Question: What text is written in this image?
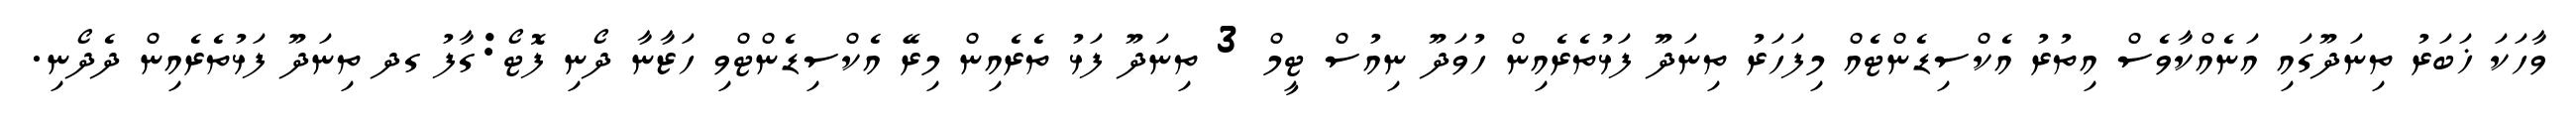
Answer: ވާހަކަ ޚަބަރު ތިނަދޫގައި އަނެއްކާވެސް އިތުރު އެކްސިޑެންޓެއް މިފަހަރު ތިނަދޫ ފަޅުތެރެއިން ހުވަދޫ ނިއުސް ޓީމް 3 ތިނަދޫ ފަޅު ތެރެއިން މިރޭ އެކްސިޑެންޓްވި ހަޒާނާ ދޯނި ފޮޓޯ:ގާފު ގދ ތިނަދޫ ފަޅުތެރެއިން ދެދޯނި.